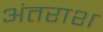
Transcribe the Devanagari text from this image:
अंतराश